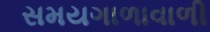
સમયગાળાવાળી